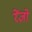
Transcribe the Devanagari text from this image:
रेंज़ो